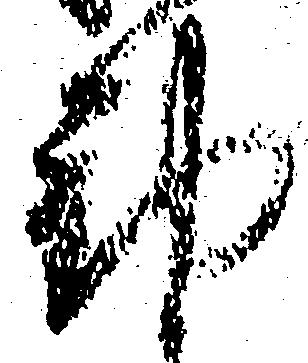
動